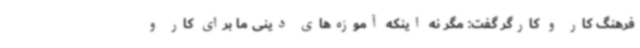
فرهنگ کار و کارگر گفت:‌ مگر نه اینکه آموزه‌های دینی ما برای کار و